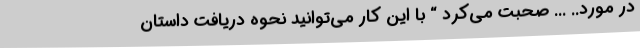
در مورد.. ... صحبت می‌کرد “ با این کار می‌توانید نحوه دریافت داستان